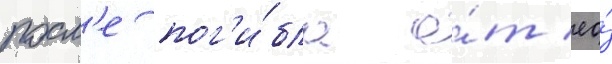
посл'е пог'и́бла о́т ео́